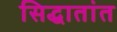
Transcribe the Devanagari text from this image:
सिद्धातांत